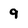
Character: 9